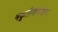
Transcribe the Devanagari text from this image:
नकुलीशपाशुपत